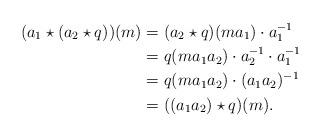
LaTeX: \begin{align*}(a_1 \star (a_2 \star q))(m) &=(a_2 \star q) (ma_1)\cdot a_1^{-1}\\&=q(ma_1a_2)\cdot a_2^{-1}\cdot a_1^{-1}\\&= q(ma_1a_2)\cdot(a_1a_2)^{-1}\\&=((a_1a_2)\star q)(m).\end{align*}